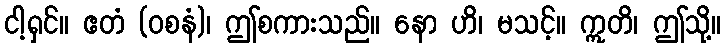
ငါ့ရှင်။ ဧတံ (ဝစနံ)၊ ဤစကားသည်။ နော ဟိ၊ မသင့်။ ဣတိ၊ ဤသို့။